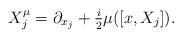
LaTeX: \begin{align*}X_j^\mu = \partial_{x_j} + \tfrac i 2 \mu([x,X_j]).\end{align*}